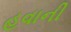
હવાની